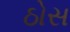
ઠોસ